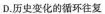
D.历史变化的循环往复